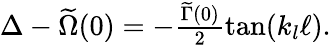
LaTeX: \begin{array}{r}{\Delta-\widetilde\Omega(0)=-\frac{\widetilde\Gamma(0)}{2}\tan(k_{l}\ell).}\end{array}